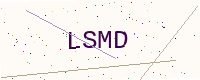
Text: LSMD